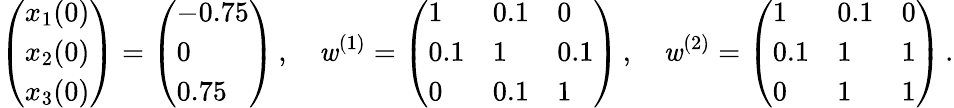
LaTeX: \left(\begin{array}{l}{x_{1}(0)}\\ {x_{2}(0)}\\ {x_{3}(0)}\end{array}\right)=\left(\begin{array}{l}{-0.75}\\ {0}\\ {0.75}\end{array}\right)\, ,\quad\mathit{w}^{(1)}=\left(\begin{array}{lll}{1}&{0.1}&{0}\\ {0.1}&{1}&{0.1}\\ {0}&{0.1}&{1}\end{array}\right)\, ,\quad\mathit{w}^{(2)}=\left(\begin{array}{lll}{1}&{0.1}&{0}\\ {0.1}&{1}&{1}\\ {0}&{1}&{1}\end{array}\right)\, .